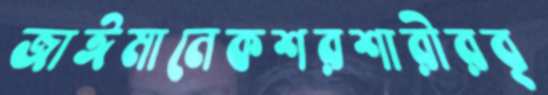
জাঈমানেকশরশারীরবৃ